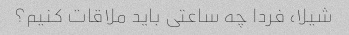
شیلا، فردا چه ساعتی باید ملاقات کنیم؟